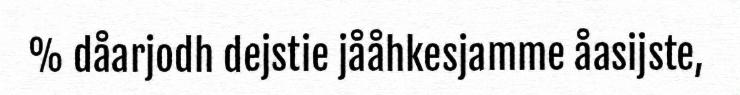
% dåarjodh dejstie jååhkesjamme åasijste,